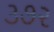
૩૭૨